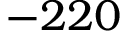
- 2 2 0